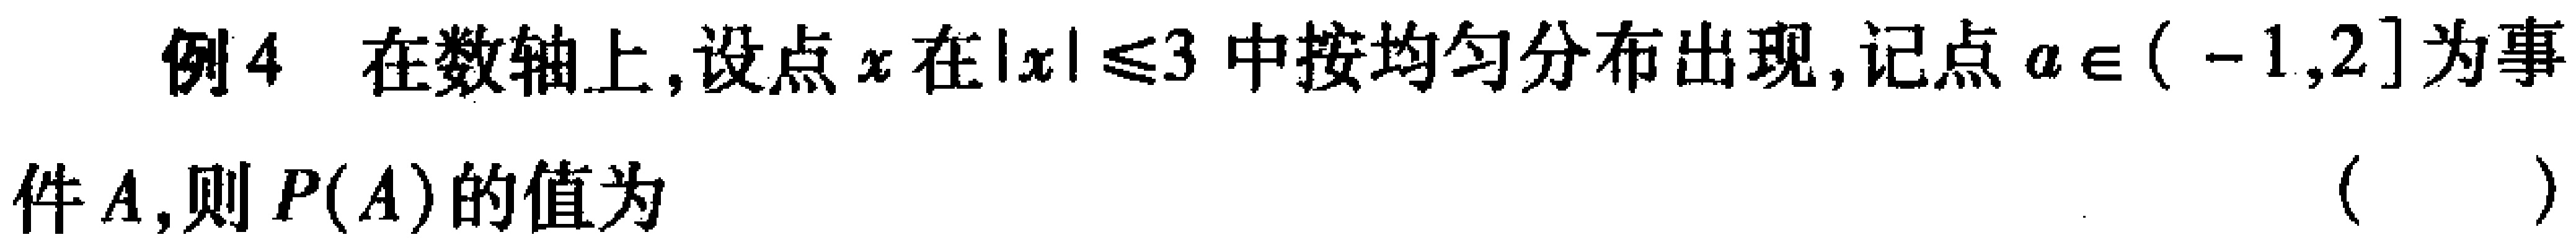
例4 在数轴上,设点\(x\)在\(\vert x\vert \leq3\)中按均匀分布出现,记点\(a\in (-1,2]\)为事件\(A\),则\(P(A)\)的值为 （  ）